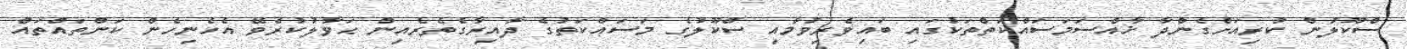
ސްކޫލުން ކުރިއަށްގެންދާ ޚާއްސަމަސައްކަތްތަކުގައި ބައިވެރިވުމާއި ސްކޫލުގެ މަސައްކަތުގެ ދާއިރާގެތެރެއިން ޙަވާލުކުރެވޭ އެހެނިހެން ކަންތައްތައް